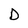
Character: D